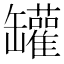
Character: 罐